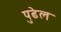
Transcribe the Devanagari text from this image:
पुढेल